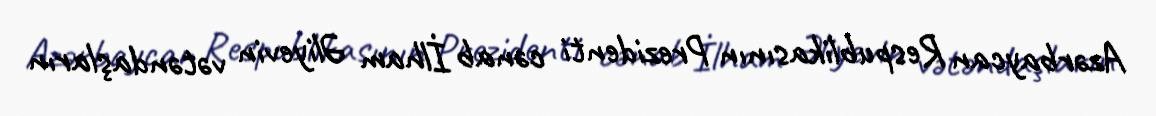
Azərbaycan Respublikasının Prezidenti cənab İlham Əliyevin vətəndaşların